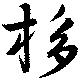
栘